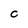
Character: C